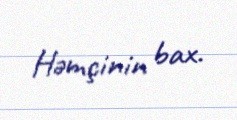
Həmçinin bax.